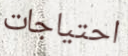
احتياجات